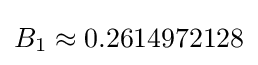
B_{1}\approx 0.2614972128